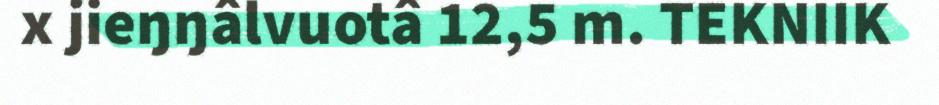
x jieŋŋâlvuotâ 12,5 m. TEKNIIK